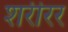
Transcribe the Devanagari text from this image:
शरीरर